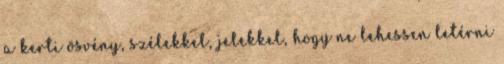
a kerti ösvény, szélekkel, jelekkel, hogy ne lehessen letérni